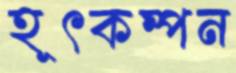
হূৎকম্পন